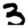
Digit: 3